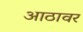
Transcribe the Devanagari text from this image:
आठावर